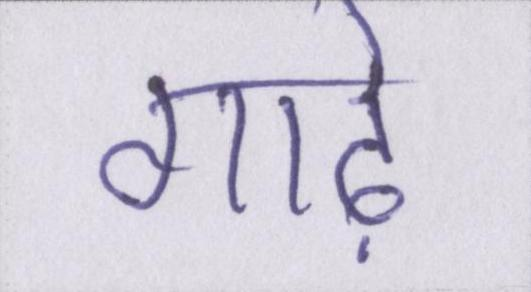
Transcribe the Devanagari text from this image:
गाढ़े